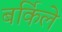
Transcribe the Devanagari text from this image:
बर्किले